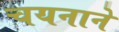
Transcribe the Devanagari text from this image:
चयनाने